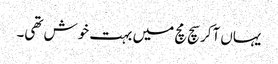
یہاں آکر سچ مچ میں بہت خوش تھی۔